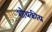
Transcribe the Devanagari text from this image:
शोथकीय